Annual report on the health of the army in India
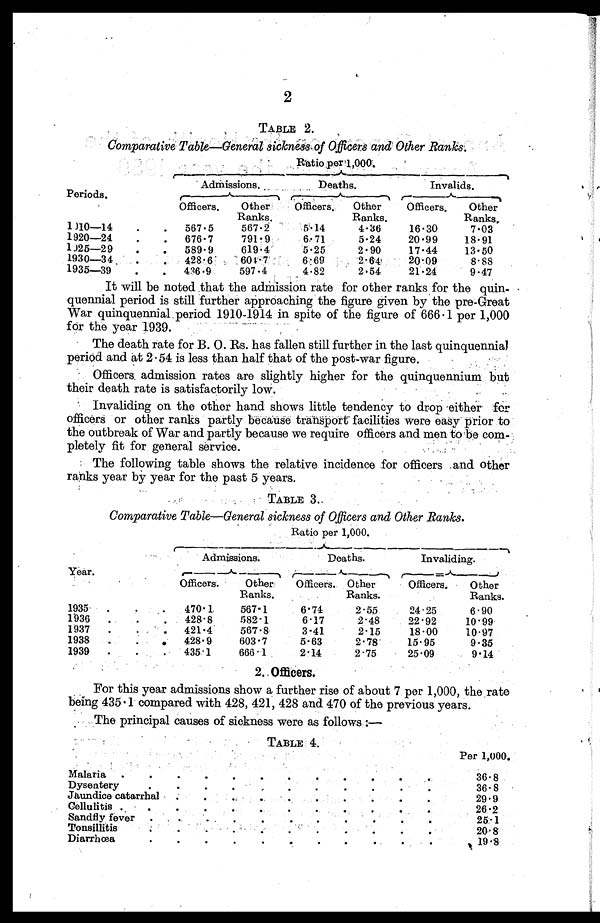
2
TABLE 2.
Comparative. Table-General. sicknees of Officers and Other Ranks:
Periods.
.
Ratio per 1,000.
-
Admissions.
Deaths.
Invalids.
Officers
O t h e r
Ranks.
Officers
O t h e r
Ranks.
Officers.
Other
Ranks,
1910-14
.
. 567 .5
567.2
5.14
4.36
16.30
7.03
1920-24
.
. 676 . 7
791.9
6.71
5.24
20.99
18.91
1925-29
.
. 589 . 9
619.4
5.25
2.90
17.44
13.50
1930-34
428.6
604.7
6.69
2.64
20.09
8.88
1935-39
.
. 436.9
597.4
4.82
2.54
21.24
9.47
It will be noted that the admission rate for other ranks . for the quin- •
quennial period is still further approaching the figure given by the pre-Great
War quinquennial period 1910-1914 in spite of the figure of 666 . 1 per 1,000
for the year 1939.
The death rate for B. O. Rs. has fallen still further in the last quinquennial
period and at 2 . 54 is less than half that of the post-war figure.
Officers, admission rates are slightly higher for the quinquennium but
their death rate is satisfactorily low.
Invaliding on the other hand shows little tendency to drop •either for
officers or other ranks partly because transport facilities were easy prior to
the outbreak of War and partly because we require officers and men to be com-
pletely fit for general service.
The following table shows the relative incidence for officers and other
ranks year by year for the past 5 years.
TABLE 3..
Comparative Table-General sickness of Officers and Other Ranks.
Year.
Ratio per 1,000.
C-
Admissions.
Deaths.
Invaliding.
Officers.
______
Other
Ranks.
___
Officers. Other
Ranks.
Officers.
Other
Ranks.
1935 . .
470.1
567-1
6.74
2.55
24 . 25
6.90
1936 .
.
. 428 . 8
582.1
6.17
2.48
22.92
10 - 99
1937 .
. 421.4
567.8
3.41
2.15
18.00
10.97
1938
428. 9
603.7
5.63
2.78
15.95
9.35
193
435 . 1
666.1
2.14
2.75
25.09
9.14
2. Officers.
For this year admissions show a further rise of about 7 per 1,000, the rate
being 435 . 1 compared with 428, 421, 428 and 470 of the previous years.
The principal causes of sickness were as follows :—
TABLE 4.
Per 1,000.
•
Malaria .
.
.
.
.
.
.
.
.
.
.
36.8
Dysentery•
•
•
•
,
•
•
•
•
.
36 . 8
Jaundice catarrha1
.
.
29 . 9
Cellulitis..
.
.
,
.
.
26.2
.
Sandfly fever..
.
•
II
•
•
25.1
Tonsillitis.
.
.
.
20-. 8
Diarrhœa
•
•
•
.
•
•
•
.
19 . 8